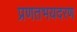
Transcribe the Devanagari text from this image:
प्रणतभयदरण